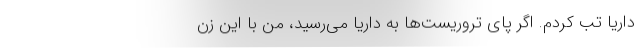
داریا تب کردم. اگر پای تروریست‌ها به داریا می‌رسید، من با این زن